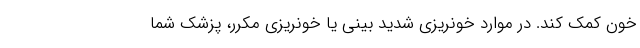
خون کمک کند. در موارد خونریزی شدید بینی یا خونریزی مکرر، پزشک شما